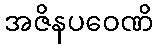
အဇိနပဝေဏိ